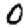
Digit: 0